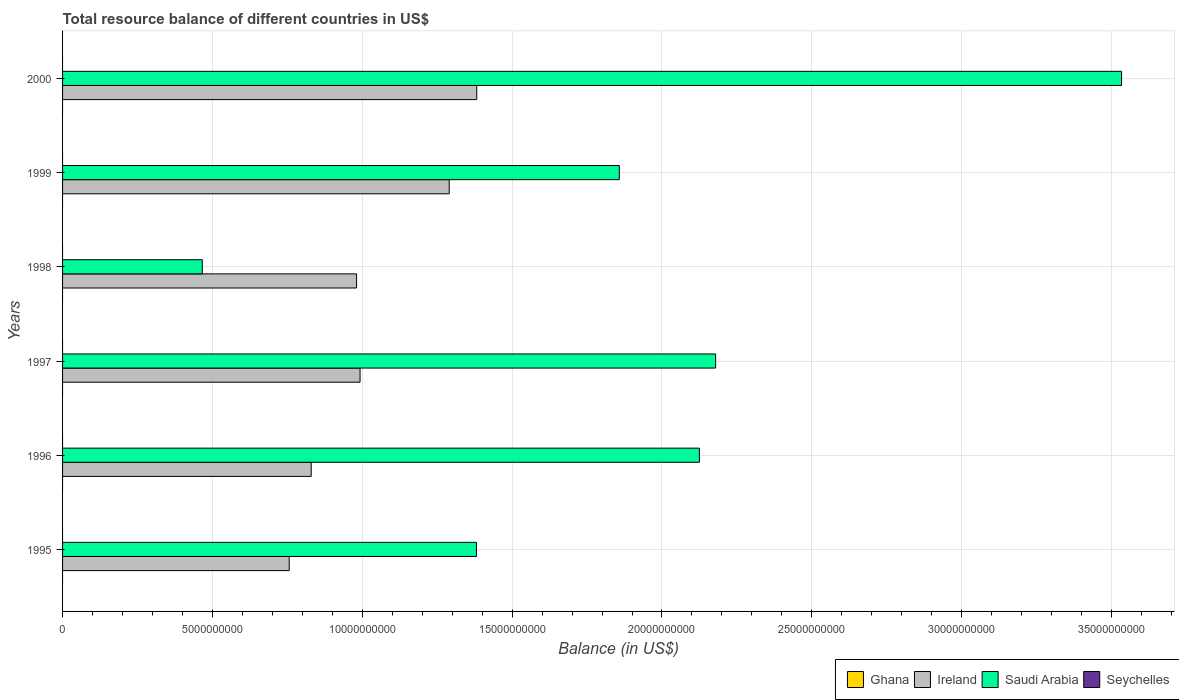
| Years | Ghana | Ireland | Saudi Arabia | Seychelles |
 | --- | --- | --- | --- | --- |
 | 1995 | -5.45e+08 | 7.56e+09 | 1.38e+10 | -1.8e+08 |
 | 1996 | -5.53e+08 | 8.3e+09 | 2.12e+10 | -2.39e+08 |
 | 1997 | -1.42e+09 | 9.93e+09 | 2.18e+10 | -2.27e+08 |
 | 1998 | -9.62e+08 | 9.81e+09 | 4.66e+09 | -2.61e+08 |
 | 1999 | -1.35e+09 | 1.29e+10 | 1.86e+10 | -2.89e+08 |
 | 2000 | -9.19e+08 | 1.38e+10 | 3.53e+10 | -3.95e+07 |